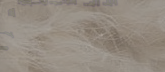
مركز صيانة الأجهزة المنزل